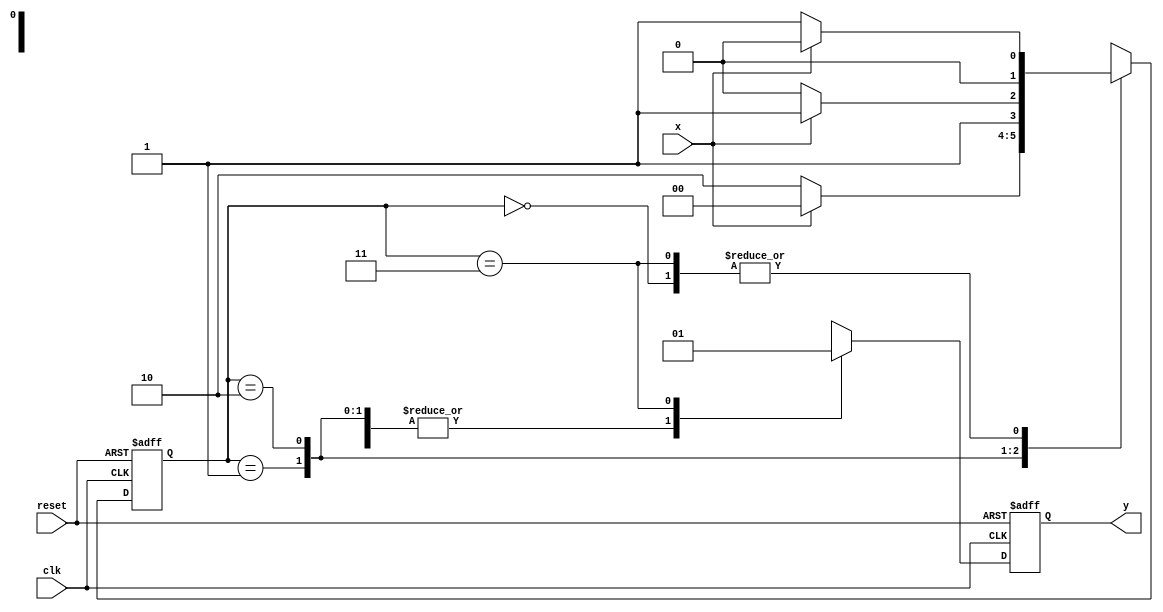
/*             *
 * m.v         *
 *  *
 *             */

`define st0 2'b00
`define st1 2'b01
`define st2 2'b10
`define st3 2'b11

module m(clk, reset, x, y);
  input clk, reset, x;
  output y;

  reg y_reg;         // 1-bit 
  reg [1:0] st_reg;  // 2-bit 

  assign y = y_reg;

  always @(posedge clk or negedge reset) begin
    if (reset == 1'b0) begin
      /***  ***/
      y_reg <= 1'b0;
      st_reg <= 1'b0;
    end else begin
      case (st_reg)
        `st0: begin  // 0 
          if (x == 1'b0) begin
            /*** 0  ***/
            st_reg <= `st1;
          end else begin
            /*** 1***/
            st_reg <= `st0;
          end
          /***  ***/
          y_reg <= 1'b0;
        end
        `st1: begin  //  1 
          if (x == 1'b0) begin
            st_reg <= `st2;
          end else begin
            st_reg <= `st0;
          end
          y_reg <= 1'b0;
        end
        `st2: begin  //  2 
          if (x == 1'b0) begin
            st_reg <= `st2;
          end else begin
            st_reg <= `st3;
          end
          y_reg <= 1'b0;
        end
        `st3: begin  //  3 
          if (x == 1'b0) begin
            st_reg <= `st1;
          end else begin
            st_reg <= `st0;
          end
          y_reg <= 1'b1;
        end
      endcase
    end
  end
endmodule // m